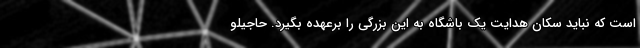
است که نباید سکان هدایت یک باشگاه به این بزرگی را برعهده بگیرد. حاجیلو